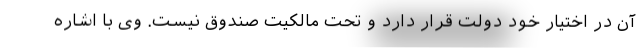
آن در اختیار خود دولت قرار دارد و تحت مالکیت صندوق نیست. وی با اشاره